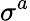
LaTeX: \sigma^{a}